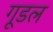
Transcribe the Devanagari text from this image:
गूडल